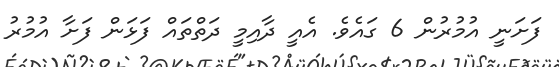
ފަށަނީ އުމުރުން 6 ގައެވެ. އެއީ ދާއިމީ ދަތްތައް ފަޅަން ފަށާ އުމުރު